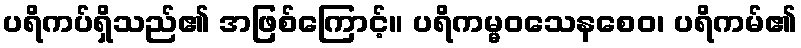
ပရိကပ်ရှိသည်၏ အဖြစ်ကြောင့်။ ပရိကမ္မဝသေနစေဝ၊ ပရိကမ်၏